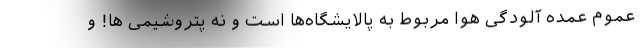
عموم عمده آلودگی هوا مربوط به پالایشگاه‌ها است و نه پتروشیمی ها! و